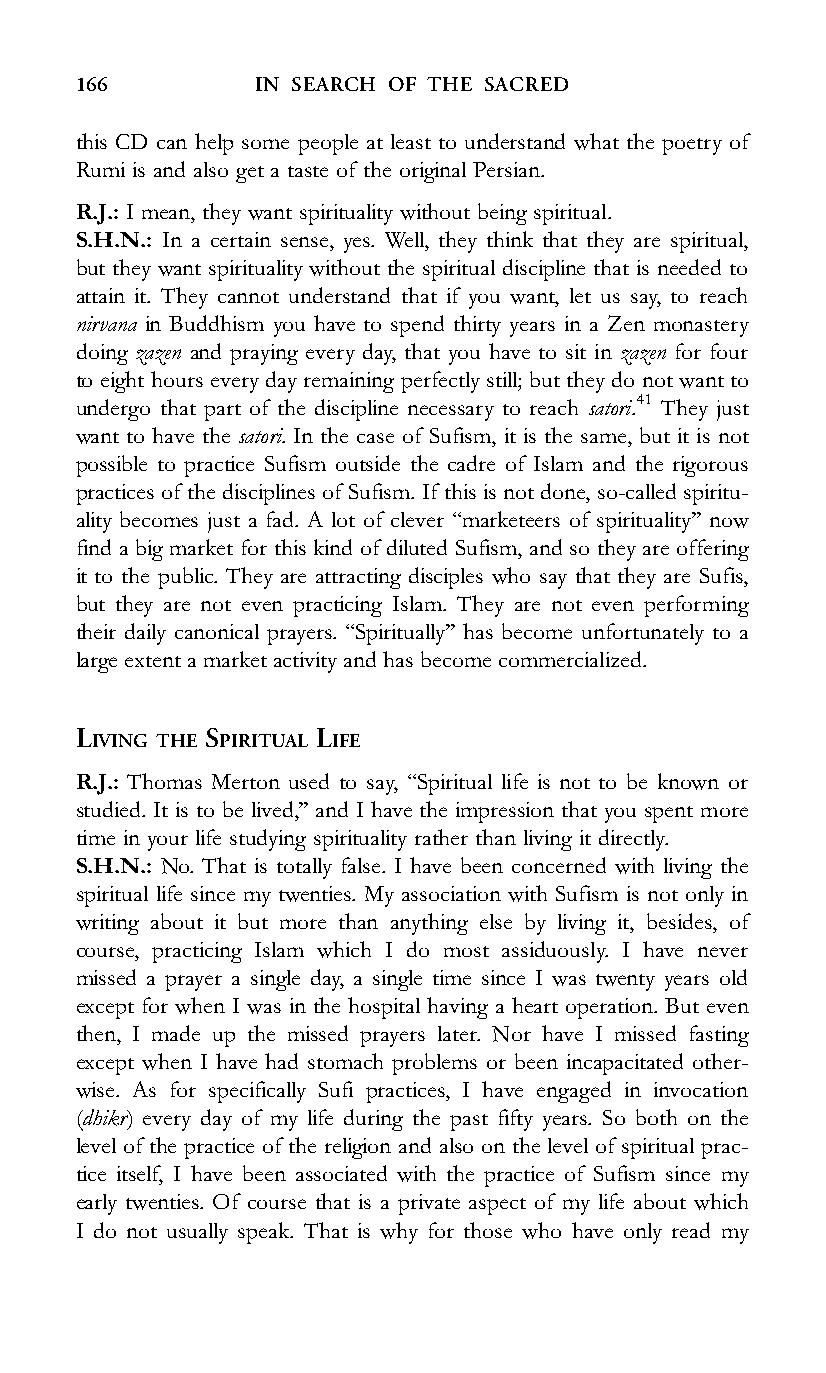
166         IN SEARCH OF THE SACRED
 this CD can help some people at least to understand what the poetry of
 Rumi is and also get a taste of the original Persian.
 R.J.: I mean, they want spirituality without being spiritual.
 S.H.N.: In a certain sense, yes. Well, they think that they are spiritual,
 but they want spirituality without the spiritual discipline that is needed to
 attain it. They cannot understand that if you want, let us say, to reach
 nirvana in Buddhism you have to spend thirty years in a Zen monastery
 doing zazen and praying every day, that you have to sit in zazen for four
 to eight hours every day remaining perfectly still; but they do not want to
 undergo that part of the discipline necessary to reach satori.41 They just
 want to have the satori. In the case of Sufism, it is the same, but it is not
 possible to practice Sufism outside the cadre of Islam and the rigorous
 practices of the disciplines of Sufism. If this is not done, so-called spiritu-
 ality becomes just a fad. A lot of clever ‘‘marketeers of spirituality’’ now
 find a big market for this kind of diluted Sufism, and so they are offering
 it to the public. They are attracting disciples who say that they are Sufis,
 but they are not even practicing Islam. They are not even performing
 their daily canonical prayers. ‘‘Spiritually’’ has become unfortunately to a
 large extent a market activity and has become commercialized.
 LIVING THE SPIRITUAL LIFE
 R.J.: Thomas Merton used to say, ‘‘Spiritual life is not to be known or
 studied. It is to be lived,’’ and I have the impression that you spent more
 time in your life studying spirituality rather than living it directly.
 S.H.N.: No. That is totally false. I have been concerned with living the
 spiritual life since my twenties. My association with Sufism is not only in
 writing about it but more than anything else by living it, besides, of
 course, practicing Islam which I do most assiduously. I have never
 missed a prayer a single day, a single time since I was twenty years old
 except for when I was in the hospital having a heart operation. But even
 then, I made up the missed prayers later. Nor have I missed fasting
 except when I have had stomach problems or been incapacitated other-
 wise. As for specifically Sufi practices, I have engaged in invocation
 (dhikr) every day of my life during the past fifty years. So both on the
 level of the practice of the religion and also on the level of spiritual prac-
 tice itself, I have been associated with the practice of Sufism since my
 early twenties. Of course that is a private aspect of my life about which
 I do not usually speak. That is why for those who have only read my